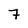
Character: 7